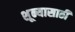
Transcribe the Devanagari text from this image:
शून्यासाठी